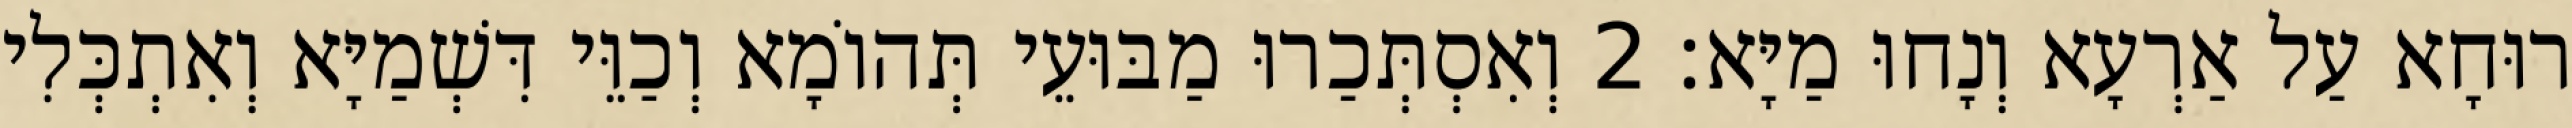
רוּחָא עַל אַרְעָא וְנָחוּ מַיָּא׃ 2 וְאִסְתְּכַרוּ מַבּוּעֵי תְּהוֹמָא וְכַוֵּי דִּשְׁמַיָּא וְאִתְכְּלִי